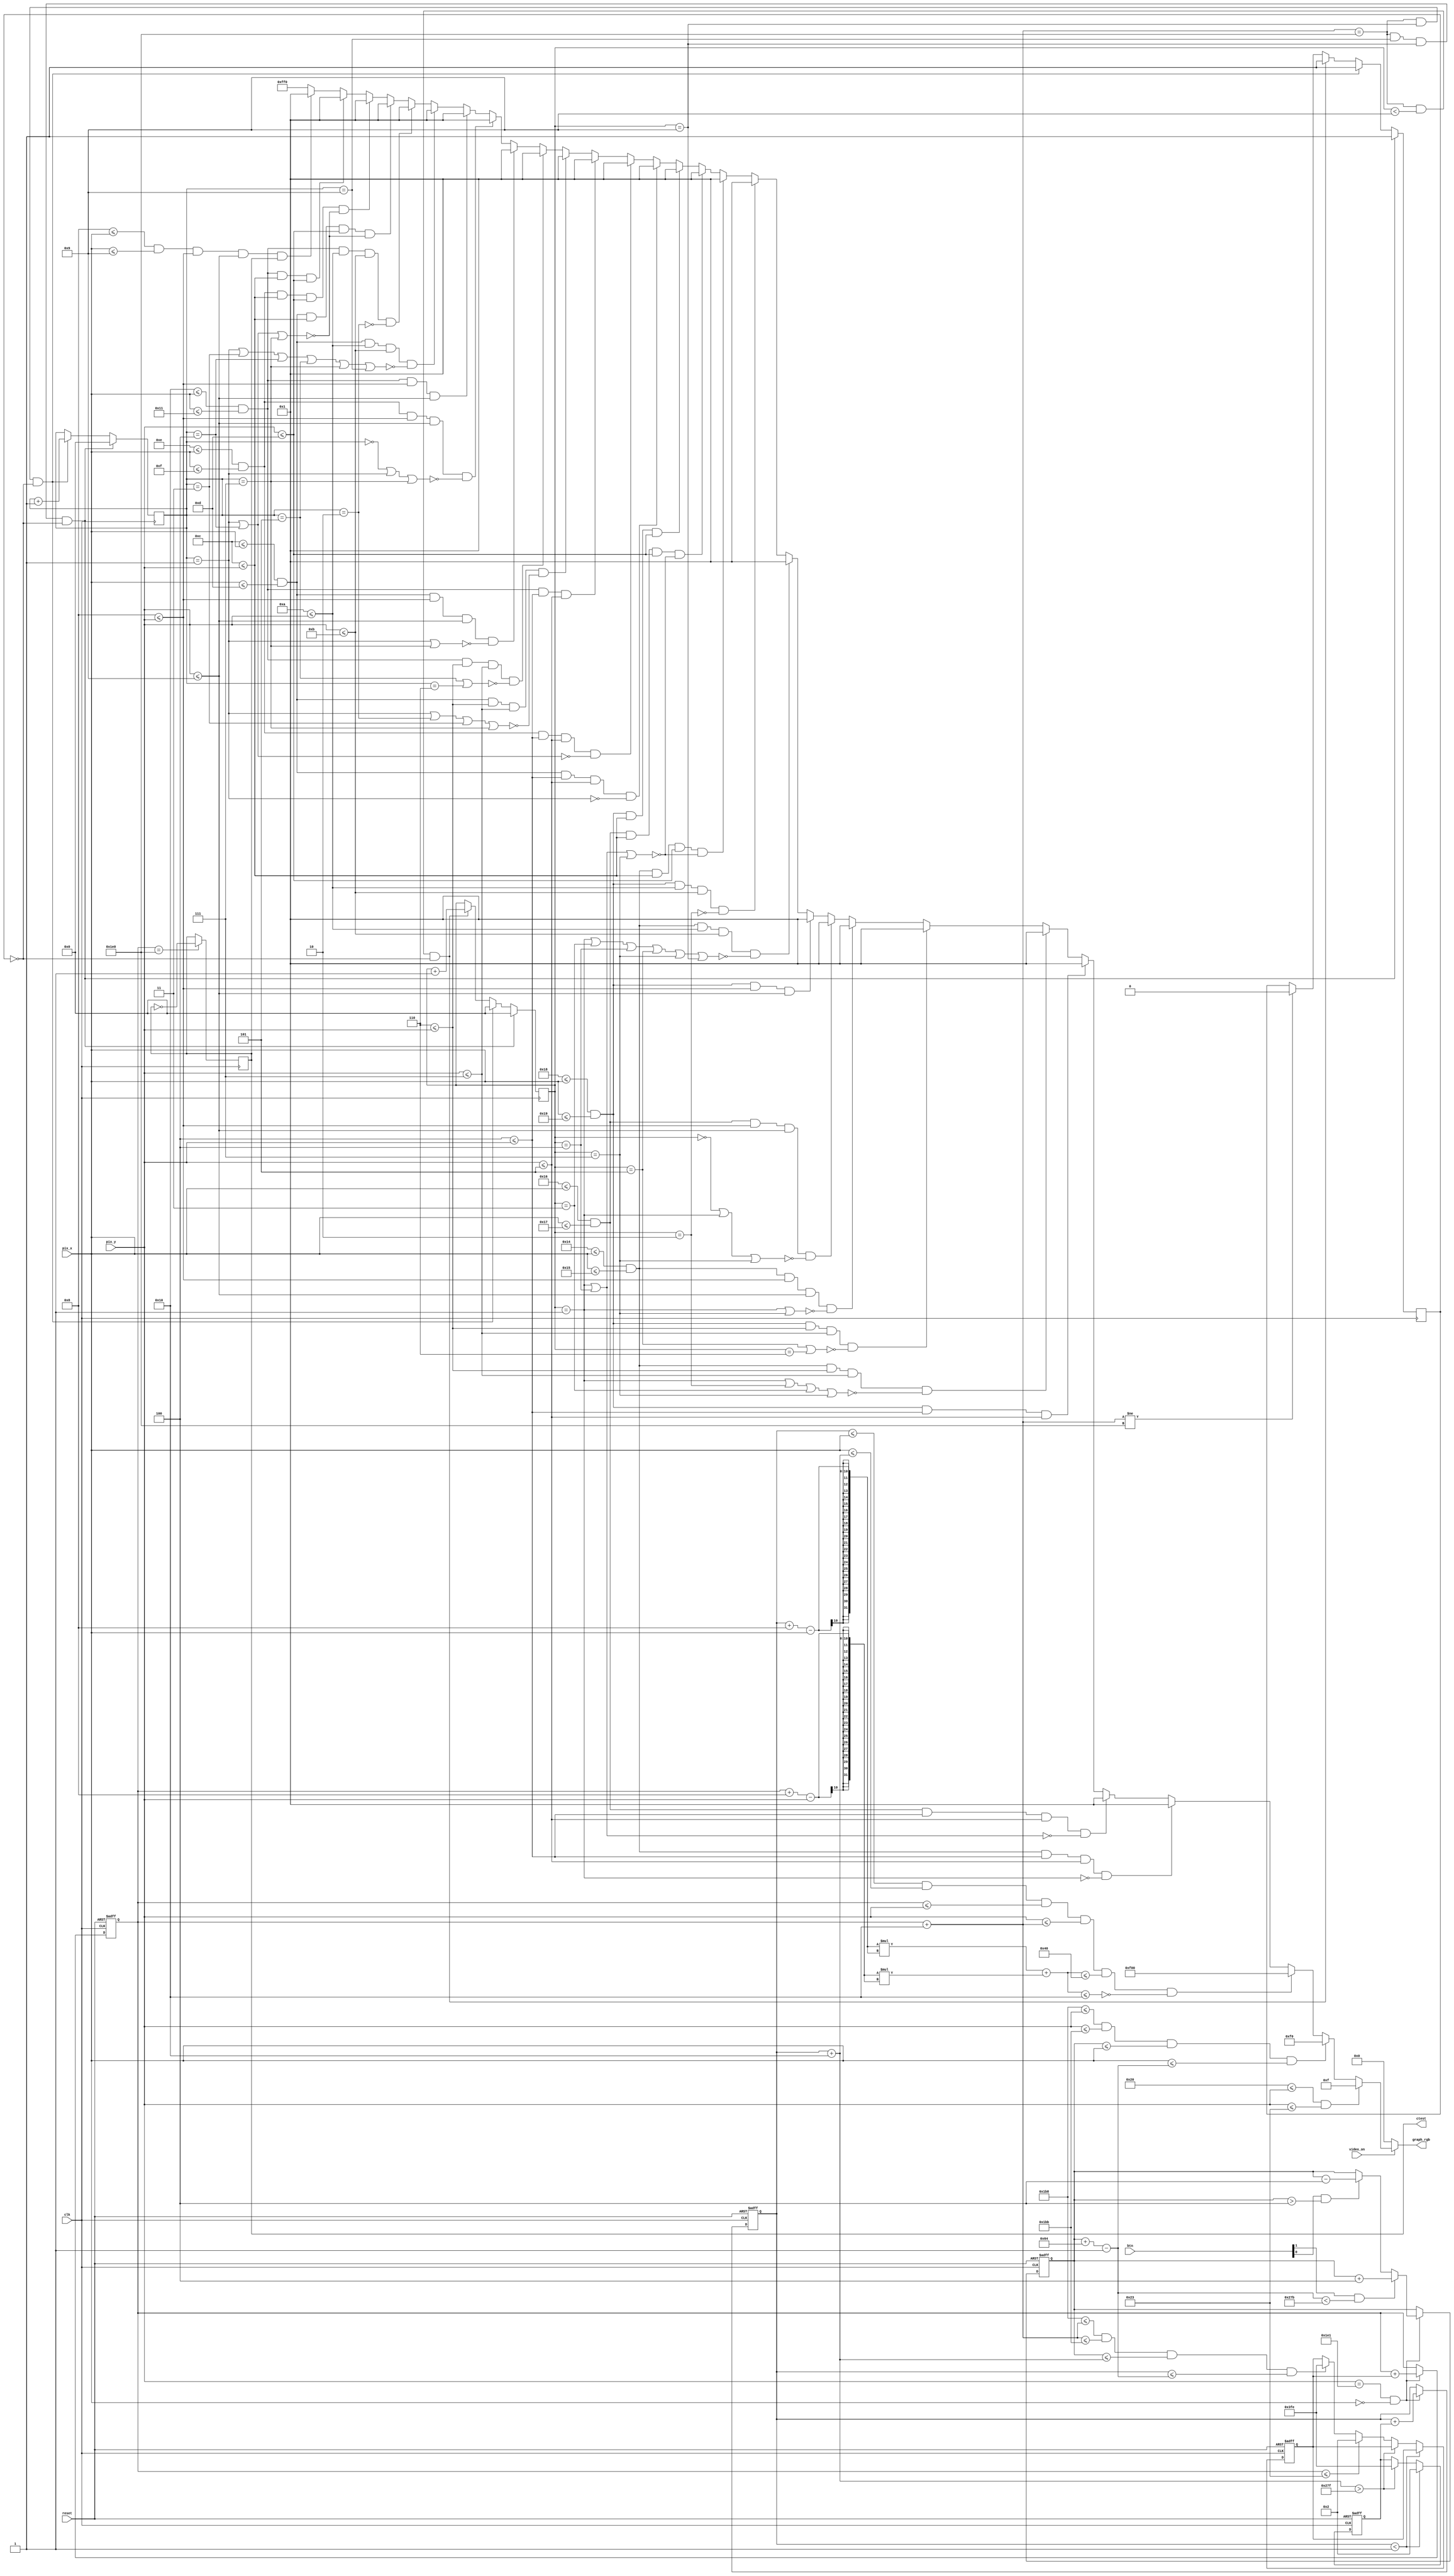
module pong_graph_animate
   (
    input wire clk, reset,
    input wire video_on,
    input wire [1:0] btn,
    input wire [9:0] pix_x, pix_y,
    output reg [11:0] graph_rgb,
    output reg ctest
   );

   // constant and signal declaration
   // x, y coordinates (0,0) to (639,479)
   localparam MAX_X = 640;
   localparam MAX_Y = 480;
   wire refr_tick;
   //--------------------------------------------
   // vertical stripe as a wall
   //--------------------------------------------
   // wall left, right boundary
   localparam WALL_Y_T = 32;
   localparam WALL_Y_B = 35;
   //--------------------------------------------
   // right vertical bar
   //--------------------------------------------
   // bar left, right boundary
   localparam BAR_Y_T = 440;
   localparam BAR_Y_B = 443;
   // bar top, bottom boundary
   wire [9:0] bar_x_l, bar_x_r;
   localparam BAR_X_SIZE = 100;
   // register to track top boundary  (x position is fixed)
   reg [9:0] bar_x_reg, bar_x_next;
   // bar moving velocity when a button is pressed
   localparam BAR_V = 4;
   //--------------------------------------------
   // square ball
   //--------------------------------------------
   localparam BALL_SIZE = 16;
   // ball left, right boundary
   wire [9:0] ball_x_l, ball_x_r;
   // ball top, bottom boundary
   wire [9:0] ball_y_t, ball_y_b;
   // reg to track left, top position
   reg [9:0] ball_x_reg, ball_y_reg;
   wire [9:0] ball_x_next, ball_y_next;
   // reg to track ball speed
   reg [9:0] x_delta_reg, x_delta_next;
   reg [9:0] y_delta_reg, y_delta_next;
   // ball velocity can be pos or neg)
   localparam BALL_V_P = 2;
   localparam BALL_V_N = -2;
   //--------------------------------------------
   // round ball
   //--------------------------------------------
   wire [2:0] rom_addr, rom_col;
   reg [7:0] rom_data;
   wire rom_bit;
   
   //custom ball
   localparam BALL_RADIUS = 8;                       
   localparam N_RADIUS = 4;                          
   // ball left, right boundary                      
   localparam BALL_X_L = 576;                        
   localparam BALL_X_R = BALL_X_L + (BALL_RADIUS * 2);
   // ball top, bottom boundary                      
   localparam BALL_Y_T = 234;                        
   localparam BALL_Y_B = BALL_Y_T + (BALL_RADIUS * 2);
   // Sphere params                                  
   wire[9:0] BALL_CENTER_X;
   wire[9:0] BALL_CENTER_Y;
   
   // Counter
   reg[3:0] counter1;
   reg[3:0] counter2;
   reg ctest;
   reg count;
   
   initial counter1 = 0;
   initial counter2 = 0;
   initial ctest = 0;
   initial count = 0;
      
   assign counter_rgb = 12'b1111_1111_1111;
   //--------------------------------------------
   // object output signals
   //--------------------------------------------
   wire wall_on, bar_on, sq_ball_on, rd_ball_on;
   wire [11:0] wall_rgb, bar_rgb, ball_rgb;

   // body
   //--------------------------------------------
   // round ball image ROM
   //--------------------------------------------
   always @*
   case (rom_addr)
      3'h0: rom_data = 8'b00111100; //   ****
      3'h1: rom_data = 8'b01111110; //  ******
      3'h2: rom_data = 8'b11111111; // ********
      3'h3: rom_data = 8'b11111111; // ********
      3'h4: rom_data = 8'b11111111; // ********
      3'h5: rom_data = 8'b11111111; // ********
      3'h6: rom_data = 8'b01111110; //  ******
      3'h7: rom_data = 8'b00111100; //   ****
   endcase

   // registers
   always @(posedge clk, posedge reset)
      if (reset)
         begin
            bar_x_reg <= 0;
            ball_x_reg <= 0;
            ball_y_reg <= 0;
            x_delta_reg <= 10'h004;
            y_delta_reg <= 10'h004;
         end
      else
         begin
            bar_x_reg <= bar_x_next;
            ball_x_reg <= ball_x_next;
            ball_y_reg <= ball_y_next;
            x_delta_reg <= x_delta_next;
            y_delta_reg <= y_delta_next;
         end

   // refr_tick: 1-clock tick asserted at start of v-sync
   //            i.e., when the screen is refreshed (60 Hz)
   assign refr_tick = (pix_y==481) && (pix_x==0);

   //--------------------------------------------
   // (wall) left vertical strip
   //--------------------------------------------
   // pixel within wall
   assign wall_on = (WALL_Y_T<=pix_y) && (pix_y<=WALL_Y_B);
   // wall rgb output
   assign wall_rgb = 12'b0000_0000_1111; // blue
   //--------------------------------------------
   // right vertical bar
   //--------------------------------------------
   // boundary
   assign bar_x_l = bar_x_reg;
   assign bar_x_r = bar_x_l + BAR_X_SIZE - 1;
   // pixel within bar
   assign bar_on = (BAR_Y_T<=pix_y) && (pix_y<=BAR_Y_B) &&
                   (bar_x_l<=pix_x) && (pix_x<=bar_x_r);
   // bar rgb output
   assign bar_rgb = 12'b0000_1111_0000; // green
   // new bar y-position
   always @*
   begin
      bar_x_next = bar_x_reg; // no move
      if (refr_tick)
         if (btn[1] & (bar_x_r < (MAX_X-1-BAR_V)))
            bar_x_next = bar_x_reg + BAR_V; // move down
         else if (btn[0] & (bar_x_l > BAR_V))
            bar_x_next = bar_x_reg - BAR_V; // move up
   end

   //--------------------------------------------
   // square ball
   //--------------------------------------------
   // boundary
   assign ball_x_l = ball_x_reg;
   assign ball_y_t = ball_y_reg;
   assign ball_x_r = ball_x_l + BALL_SIZE;
   assign ball_y_b = ball_y_t + BALL_SIZE;
   assign BALL_CENTER_X = ball_x_l + BALL_RADIUS;
   assign BALL_CENTER_Y = ball_y_t + BALL_RADIUS;
   // pixel within ball
   assign sq_ball_on = (ball_x_l<=pix_x) && (pix_x<=ball_x_r) &&
                        (ball_y_t<=pix_y) && (pix_y<=ball_y_b);
   // circle
   assign limit1 = (((BALL_CENTER_X-pix_x) * (BALL_CENTER_X-pix_x)) + 
                    ((BALL_CENTER_Y-pix_y) * (BALL_CENTER_Y-pix_y))) <= 
                   (BALL_RADIUS * BALL_RADIUS); // x^2+y^2=r^2; 
   // negate circle
   assign limit2 = ~((((BALL_CENTER_X-pix_x) * (BALL_CENTER_X-pix_x)) + 
                       ((BALL_CENTER_Y-pix_y) * (BALL_CENTER_Y-pix_y))) <= 
                     (N_RADIUS * N_RADIUS)); // x^2+y^2=r^2;                
   
   assign custom_on = sq_ball_on & limit1 & limit2;       
            
   // map current pixel location to ROM addr/col
   assign rom_addr = pix_y[2:0] - ball_y_t[2:0];
   assign rom_col = pix_x[2:0] - ball_x_l[2:0];
   assign rom_bit = rom_data[rom_col];
   // pixel within ball
   assign rd_ball_on = sq_ball_on & rom_bit;
   // ball rgb output
   assign ball_rgb = 12'b1111_0000_0000;   // red
   // new ball position
   assign ball_x_next = (refr_tick) ? ball_x_reg+x_delta_reg :
                        ball_x_reg ;
   assign ball_y_next = (refr_tick) ? ball_y_reg+y_delta_reg :
                        ball_y_reg ;
   // new ball velocity
   always @*
   begin
      x_delta_next = x_delta_reg;
      y_delta_next = y_delta_reg;
      if (ball_x_l < 1) // reach left
         x_delta_next = BALL_V_P;
      else if (ball_x_r > (MAX_X-1)) // reach right
         x_delta_next = BALL_V_N;
      else if (ball_y_t <= WALL_Y_B) // reach wall (top)
         y_delta_next = BALL_V_P;    // bounce back
      else if ((BAR_Y_T<=ball_y_b) && (ball_y_b<=BAR_Y_B) &&
               (bar_x_l<=ball_x_r) && (ball_x_l<=bar_x_r))
         // reach x of right bar and hit, ball bounce back (bottom)
         y_delta_next = BALL_V_N;
   end
   
   //counter
   // counter logic
   
   always @(posedge clk)
   begin
        if(ball_y_t == MAX_Y)
            ctest = ~ctest;
        if((ball_y_b == MAX_Y) && (counter2 == 9) && (counter1 == 9) && (count == 0)) 
        begin
            counter1 = 0;
            counter2 = 0;
            count = 1;
        end
        else if((ball_y_b == MAX_Y) && (counter1 == 9) && (count == 0)) begin
            counter1 = 0;
            counter2 = counter2 + 1;
            count = 1;
        end
        else if((ball_y_b == MAX_Y) && (counter1 < 9) && (count == 0)) begin
            counter1 = counter1 + 1;
            count = 1;
        end
        else if (ball_y_b != MAX_Y)
            count = 0;
    end
    
    // counter display logic
    wire[12:0]c1pix, c2pix;
    assign c1pix[00] = ((20 <= pix_x) && (pix_x <= 21) && ( 4 <= pix_y) && (pix_y <=  5)) && ~(counter1 == 1);                                                                              
    assign c1pix[01] = ((22 <= pix_x) && (pix_x <= 23) && ( 4 <= pix_y) && (pix_y <=  5)) && ~((counter1 == 1) || (counter1 == 4));                                                         
    assign c1pix[02] = ((24 <= pix_x) && (pix_x <= 25) && ( 4 <= pix_y) && (pix_y <=  5));                                                                                                 
                      
    assign c1pix[03] = ((20 <= pix_x) && (pix_x <= 21) && ( 6 <= pix_y) && (pix_y <=  7)) && ~((counter1 == 1) || (counter1 == 2) || (counter1 == 3) || (counter1 == 7));                   
    assign c1pix[04] = ((24 <= pix_x) && (pix_x <= 25) && ( 6 <= pix_y) && (pix_y <=  7)) && ~((counter1 == 5) || (counter1 == 6));                                                                              
                 
    assign c1pix[05] = ((20 <= pix_x) && (pix_x <= 21) && ( 8 <= pix_y) && (pix_y <=  9)) && ~((counter1 == 1) || (counter1 == 7));                                                         
    assign c1pix[06] = ((22 <= pix_x) && (pix_x <= 23) && ( 8 <= pix_y) && (pix_y <=  9)) && ~((counter1 == 0) || (counter1 == 1) || (counter1 == 7));                                      
    assign c1pix[07] = ((24 <= pix_x) && (pix_x <= 25) && ( 8 <= pix_y) && (pix_y <=  9));                                                                                                 
                       
    assign c1pix[08] = ((20 <= pix_x) && (pix_x <= 21) && (10 <= pix_y) && (pix_y <= 11)) && ~((counter1 == 1) || (counter1 == 3) || (counter1 == 4) || (counter1 == 5) || (counter1 == 7) || (counter1 == 9));
    assign c1pix[09] = ((24 <= pix_x) && (pix_x <= 25) && (10 <= pix_y) && (pix_y <= 11)) && ~(counter1 == 2);                                                                              
                      
    assign c1pix[10] = ((20 <= pix_x) && (pix_x <= 21) && (12 <= pix_y) && (pix_y <= 13)) && ~((counter1 == 1) || (counter1 == 4) || (counter1 == 7));                                      
    assign c1pix[11] = ((22 <= pix_x) && (pix_x <= 23) && (12 <= pix_y) && (pix_y <= 13)) && ~((counter1 == 1) || (counter1 == 4) || (counter1 == 7));                                      
    assign c1pix[12] = ((24 <= pix_x) && (pix_x <= 25) && (12 <= pix_y) && (pix_y <= 13));
                    
                    
    assign c2pix[00] = ((12 <= pix_x) && (pix_x <= 13) && ( 4 <= pix_y) && (pix_y <=  5)) && ~(counter2 == 1);
    assign c2pix[01] = ((14 <= pix_x) && (pix_x <= 15) && ( 4 <= pix_y) && (pix_y <=  5)) && ~((counter2 == 1) || (counter2 == 4));
    assign c2pix[02] = ((16 <= pix_x) && (pix_x <= 17) && ( 4 <= pix_y) && (pix_y <=  5));
                       
    assign c2pix[03] = ((12 <= pix_x) && (pix_x <= 13) && ( 6 <= pix_y) && (pix_y <=  7)) && ~((counter2 == 1) || (counter2 == 2) || (counter2 == 3) || (counter2 == 7));
    assign c2pix[04] = ((16 <= pix_x) && (pix_x <= 17) && ( 6 <= pix_y) && (pix_y <=  7)) && ~((counter2 == 5) || (counter2 == 6));       
                  
    assign c2pix[05] = ((12 <= pix_x) && (pix_x <= 13) && ( 8 <= pix_y) && (pix_y <=  9)) && ~((counter2 == 1) || (counter2 == 7));
    assign c2pix[06] = ((14 <= pix_x) && (pix_x <= 15) && ( 8 <= pix_y) && (pix_y <=  9)) && ~((counter2 == 0) || (counter2 == 1) || (counter2 == 7));
    assign c2pix[07] = ((16 <= pix_x) && (pix_x <= 17) && ( 8 <= pix_y) && (pix_y <=  9));
                       
    assign c2pix[08] = ((12 <= pix_x) && (pix_x <= 13) && (10 <= pix_y) && (pix_y <= 11)) && ~((counter2 == 1) || (counter2 == 3) || (counter2 == 4) || (counter2 == 5) || (counter2 == 7) || (counter2 == 9));
    assign c2pix[09] = ((16 <= pix_x) && (pix_x <= 17) && (10 <= pix_y) && (pix_y <= 11)) && ~(counter2 == 2);
                                                                                       
    assign c2pix[10] = ((12 <= pix_x) && (pix_x <= 13) && (12 <= pix_y) && (pix_y <= 13)) && ~((counter2 == 1) || (counter2 == 4) || (counter2 == 7));
    assign c2pix[11] = ((14 <= pix_x) && (pix_x <= 15) && (12 <= pix_y) && (pix_y <= 13)) && ~((counter2 == 1) || (counter2 == 4) || (counter2 == 7));
    assign c2pix[12] = ((16 <= pix_x) && (pix_x <= 17) && (12 <= pix_y) && (pix_y <= 13));
    
    assign tpix = ((8 <= pix_x) && (pix_x <= 9) && (8 <= pix_y) && (pix_y <= 9)) && ctest;
    
    //assign counter1_on = |c1pix;
    //assign counter2_on = |c2pix;
   //--------------------------------------------
   // rgb multiplexing circuit
   //--------------------------------------------
   always @*
      if (~video_on)
         graph_rgb = 12'b0000_0000_0000; // blank
      else
         if (wall_on)
            graph_rgb = wall_rgb;
         else if (bar_on)
            graph_rgb = bar_rgb;
         else if (custom_on)
            graph_rgb = ball_rgb;
         else if(c1pix[00]) graph_rgb = counter_rgb;
         else if(c1pix[01]) graph_rgb = counter_rgb;
         else if(c1pix[02]) graph_rgb = counter_rgb;
         else if(c1pix[03]) graph_rgb = counter_rgb;
         else if(c1pix[04]) graph_rgb = counter_rgb;
         else if(c1pix[05]) graph_rgb = counter_rgb;
         else if(c1pix[06]) graph_rgb = counter_rgb;
         else if(c1pix[07]) graph_rgb = counter_rgb;
         else if(c1pix[08]) graph_rgb = counter_rgb;
         else if(c1pix[09]) graph_rgb = counter_rgb;
         else if(c1pix[10]) graph_rgb = counter_rgb;
         else if(c1pix[11]) graph_rgb = counter_rgb;
         else if(c1pix[12]) graph_rgb = counter_rgb;
         else if(c2pix[00]) graph_rgb = counter_rgb;
         else if(c2pix[01]) graph_rgb = counter_rgb;
         else if(c2pix[02]) graph_rgb = counter_rgb;
         else if(c2pix[03]) graph_rgb = counter_rgb;
         else if(c2pix[04]) graph_rgb = counter_rgb;
         else if(c2pix[05]) graph_rgb = counter_rgb;
         else if(c2pix[06]) graph_rgb = counter_rgb;
         else if(c2pix[07]) graph_rgb = counter_rgb;
         else if(c2pix[08]) graph_rgb = counter_rgb;
         else if(c2pix[09]) graph_rgb = counter_rgb;
         else if(c2pix[10]) graph_rgb = counter_rgb;
         else if(c2pix[11]) graph_rgb = counter_rgb;
         else if(c2pix[12]) graph_rgb = counter_rgb;
         else if(tpix) graph_rgb = counter_rgb;
         else
            graph_rgb = 12'b1111_1111_0000; // yellow background
               

endmodule